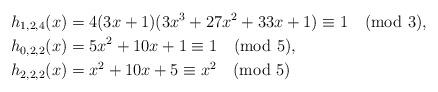
LaTeX: \begin{align*}h_{1,2,4}(x)&=4(3x+1)(3x^3+27x^2+33x+1)\equiv 1\pmod{3},\\h_{0,2,2}(x)&=5 x^2+10 x+1\equiv 1\pmod{5},\\h_{2,2,2}(x)&=x^2+10 x+5\equiv x^2\pmod{5}\end{align*}